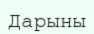
Дарыны